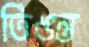
তিঙন্ত